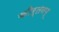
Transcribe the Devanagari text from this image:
कीर्तनम्